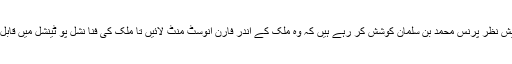
اس امر کے پیش نظر پرنس محمد بن سلمان کوشش کر رہے ہیں کہ وہ ملک کے اندر فارن انوسٹ منٹ لائیں تا ملک کی فنا نشل پو ٹینشل میں قابل قدر اضافہ ہو۔